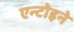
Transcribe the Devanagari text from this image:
एन्टोइने